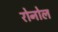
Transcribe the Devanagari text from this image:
रोनोल